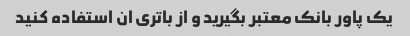
یک پاور بانک معتبر بگیرید و از باتری ان استفاده کنید